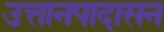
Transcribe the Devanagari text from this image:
उत्तानपादासन